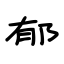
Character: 郁